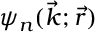
\psi _ { n } ( \vec { k } ; \vec { r } )